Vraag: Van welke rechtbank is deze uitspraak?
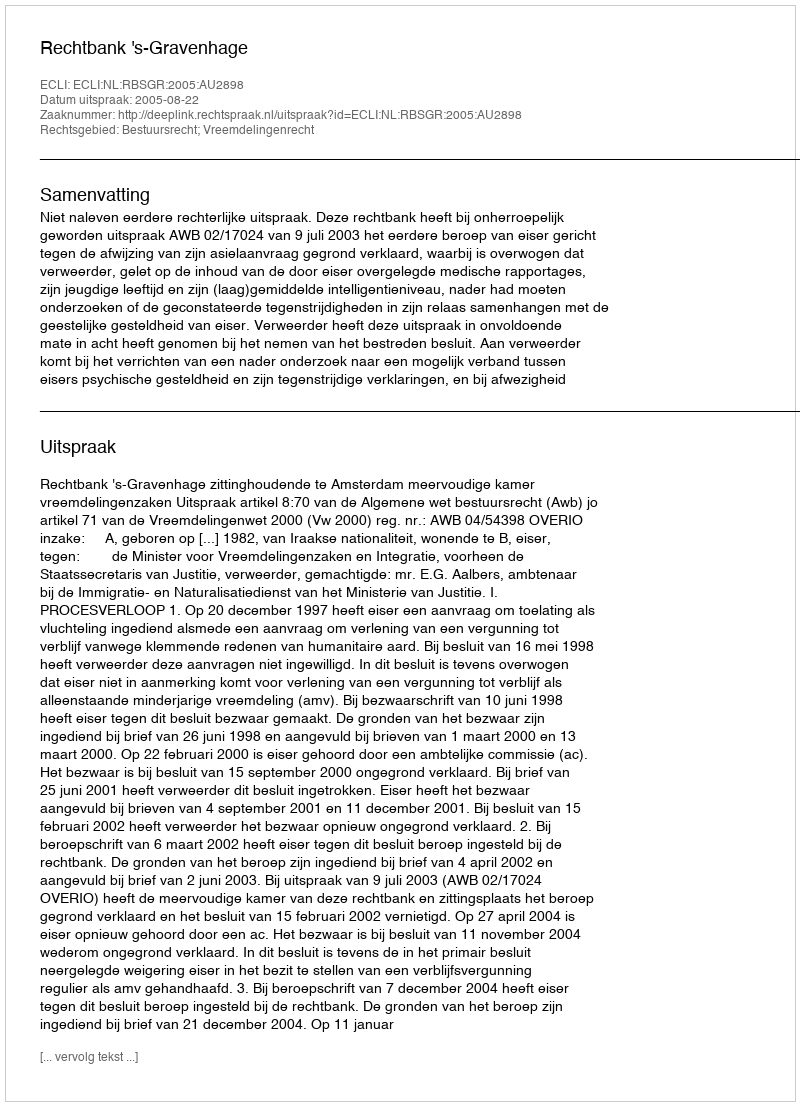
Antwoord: Rechtbank 's-Gravenhage